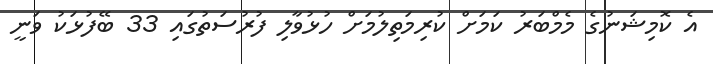
އެ ކޮމިޝަނުގެ މެމްބަރު ކަމަށް ކުރިމަތިލުމަށް ހުޅުވާލި ފުރުސަތުގައި 33 ބޭފުޅަކު ވަނީ